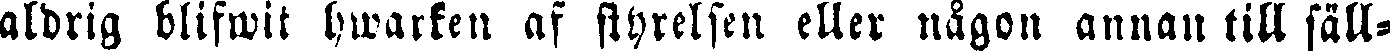
aldrig blifwit hwarken af styrelsen eller någon annan till säll-